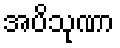
အပိသုဏာ